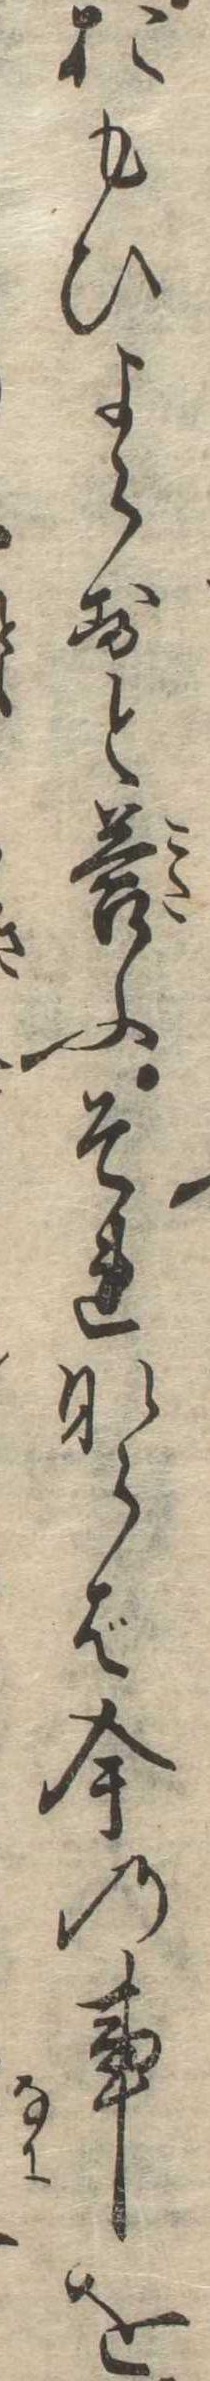
おもひよらすと答ふそれならば今の事を